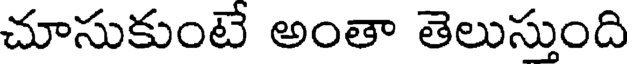
చూసుకుంటే అంతా తెలుస్తుంది